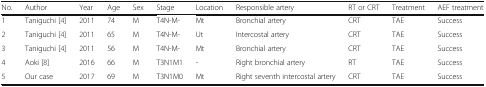
<table><thead><tr><td><b>No.</b></td><td><b>Author</b></td><td><b>Year</b></td><td><b>Age</b></td><td><b>Sex</b></td><td><b>Stage</b></td><td><b>Location</b></td><td><b>Responsible artery</b></td><td><b>RT or CRT</b></td><td><b>Treatment</b></td><td><b>AEF treatment</b></td></tr></thead><tbody><tr><td>1</td><td>Taniguchi [4]</td><td>2011</td><td>74</td><td>M</td><td>T4N-M-</td><td>Mt</td><td>Bronchial artery</td><td>CRT</td><td>TAE</td><td>Success</td></tr><tr><td>2</td><td>Taniguchi [4]</td><td>2011</td><td>65</td><td>M</td><td>T4N-M-</td><td>Ut</td><td>Intercostal artery</td><td>CRT</td><td>TAE</td><td>Success</td></tr><tr><td>3</td><td>Taniguchi [4]</td><td>2011</td><td>56</td><td>M</td><td>T4N-M-</td><td>Mt</td><td>Bronchial artery</td><td>CRT</td><td>TAE</td><td>Success</td></tr><tr><td>4</td><td>Aoki [8]</td><td>2016</td><td>66</td><td>M</td><td>T3N1M1</td><td>-</td><td>Right bronchial artery</td><td>RT</td><td>TAE</td><td>Success</td></tr><tr><td>5</td><td>Our case</td><td>2017</td><td>69</td><td>M</td><td>T3N1M0</td><td>Mt</td><td>Right seventh intercostal artery</td><td>CRT</td><td>TAE</td><td>Success</td></tr></tbody></table>